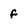
Character: f